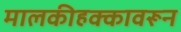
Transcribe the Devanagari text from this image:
मालकीहक्कावरून